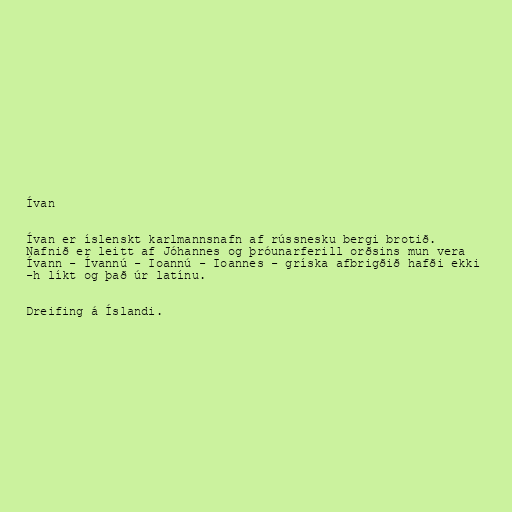
Ívan

Ívan er íslenskt karlmannsnafn af rússnesku bergi brotið.
Nafnið er leitt af Jóhannes og þróunarferill orðsins mun vera
Ívann - Ívannú - Ioannú - Ioannes - gríska afbrigðið hafði ekki
-h líkt og það úr latínu.

Dreifing á Íslandi.